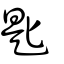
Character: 匙